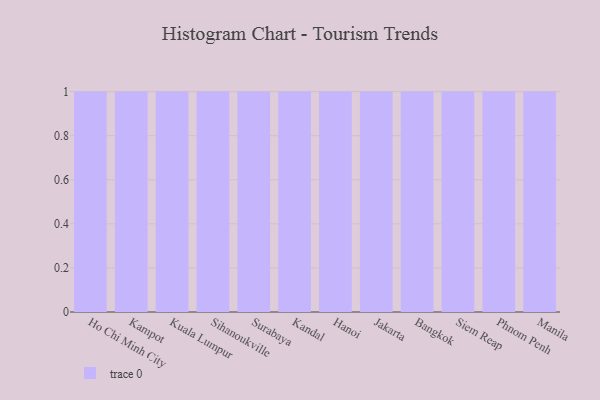
{"axis": {"x": "City", "y": "Waste Production (Tons)"}, "legend": [""], "data": [{"x": "Ho Chi Minh City", "y": 15, "type": ""}, {"x": "Kampot", "y": 78, "type": ""}, {"x": "Kuala Lumpur", "y": 74, "type": ""}, {"x": "Sihanoukville", "y": 46, "type": ""}, {"x": "Surabaya", "y": 50, "type": ""}, {"x": "Kandal", "y": 55, "type": ""}, {"x": "Hanoi", "y": 7, "type": ""}, {"x": "Jakarta", "y": 31, "type": ""}, {"x": "Bangkok", "y": 82, "type": ""}, {"x": "Siem Reap", "y": 62, "type": ""}, {"x": "Phnom Penh", "y": 14, "type": ""}, {"x": "Manila", "y": 86, "type": ""}]}